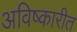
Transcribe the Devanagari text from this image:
अविष्कारीत